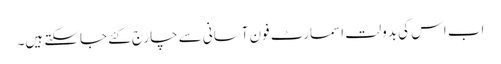
اب اس کی بدولت اسمارٹ فون آسانی سے چارج کئے جاسکتے ہیں۔